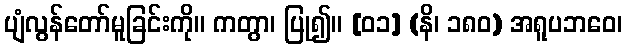
ပျံလွန်တော်မူခြင်းကို။ ကတွာ၊ ပြု၍။ [၀၁] (နိ၊ ၁၈၀) အရူပဘဝေ၊